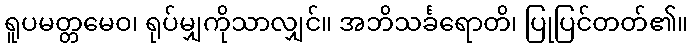
ရူပမတ္တမေဝ၊ ရုပ်မျှကိုသာလျှင်။ အဘိသင်္ခရောတိ၊ ပြုပြင်တတ်၏။